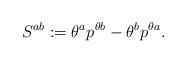
LaTeX: \begin{align*}S^{ab}:= \theta^a p^{\theta b} - \theta^b p^{\theta a}.\end{align*}